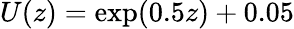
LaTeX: U(z)=\exp(0.5z)+0.05